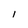
Character: 1